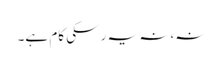
نہ،نہ یہ رسکی کام ہے۔